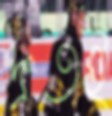
দ্রুতই